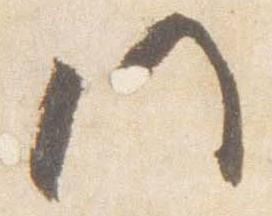
門